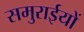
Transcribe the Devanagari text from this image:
समुराईयों